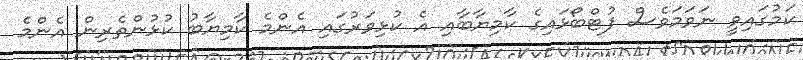
ކަމުގައިވީ ނަވަމަވެސް ފުޓްބޯޅައިގެ ކާމިޔާބާއި އެ ކުޅިވަރުގައި އެންމެ ކާމިޔާބު ކުޅުންތެރިން އެންމެ